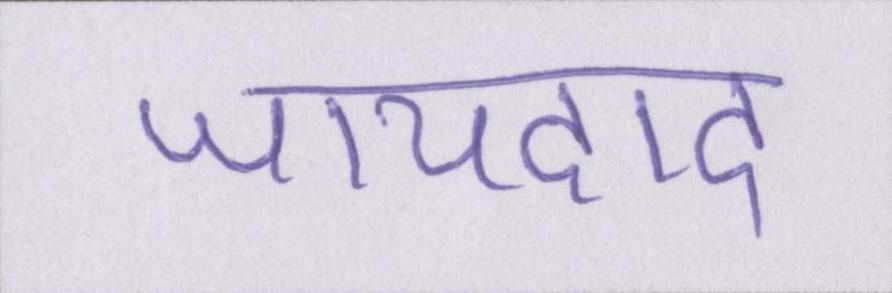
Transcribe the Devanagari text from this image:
जायदाद